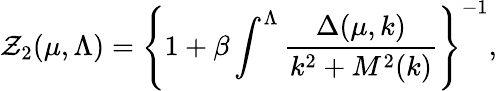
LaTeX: \mathcal{Z}_{2}(\mu,\Lambda)=\left\{ 1+\beta\int^{\Lambda}\frac{{\Delta(\mu,k)}}{{k^{2}+M^{2}(k)}}\right\} ^{-1},